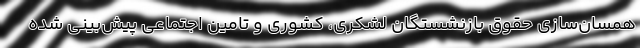
همسان‌سازی حقوق بازنشستگان لشکری، کشوری و تامین اجتماعی پیش‌بینی شده